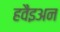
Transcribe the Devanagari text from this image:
हवैइअन